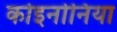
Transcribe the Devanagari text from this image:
कोइनोनिया